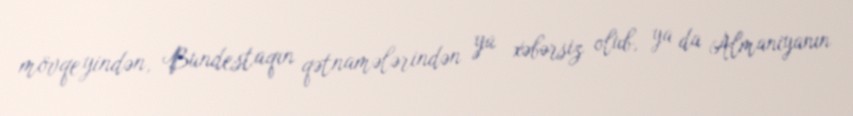
mövqeyindən, Bundestaqın qətnamələrindən ya xəbərsiz olub, ya da Almaniyanın